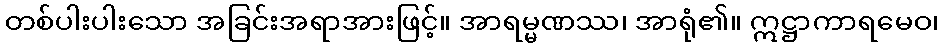
တစ်ပါးပါးသော အခြင်းအရာအားဖြင့်။ အာရမ္မဏဿ၊ အာရုံ၏။ ဣဋ္ဌာကာရမေဝ၊